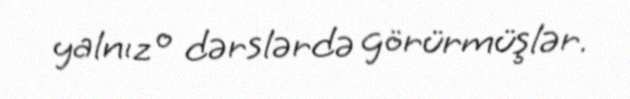
yalnız o dərslərdə görürmüşlər.